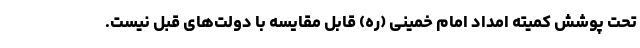
تحت پوشش کمیته امداد امام خمینی (ره) قابل مقایسه با دولت‌های قبل نیست.